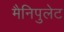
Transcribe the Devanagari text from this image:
मैनिपुलेट